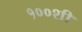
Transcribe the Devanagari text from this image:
१००शी